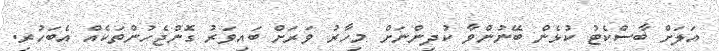
އަލަށް ބާސްކެޓު ކުޅެން ބޭނުންވާ ކުދިންނަށް މިހާރު ވަރަށް ބައިވަރު ގޮންޖެހުންތަކެއް އެބަހުރި.